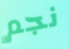
نجم